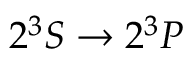
2 ^ { 3 } S \rightarrow 2 ^ { 3 } P